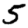
Digit: 5